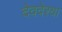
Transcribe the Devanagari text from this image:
देववेश्या